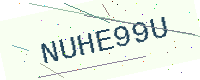
Text: NUHE99U